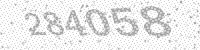
Solution: 284058